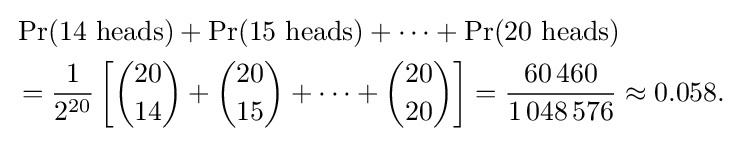
{\begin{aligned}&\Pr(14{\text{ heads}})+\Pr(15{\text{ heads}})+\cdots +\Pr(20{\text{ heads}})\\&={\frac {1}{2^{20}}}\left[{\binom {20}{14}}+{\binom {20}{15}}+\cdots +{\binom {20}{20}}\right]={\frac {60\,460}{1\,048\,576}}\approx 0.058.\end{aligned}}